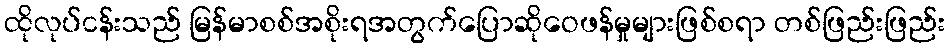
ထိုလုပ်ငန်းသည် မြန်မာစစ်အစိုးရအတွက်ပြောဆိုဝေဖန်မှုများဖြစ်စရာ တစ်ဖြည်းဖြည်း